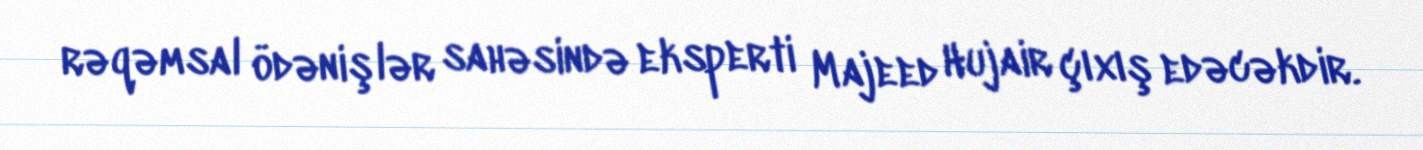
rəqəmsal ödənişlər sahəsində eksperti Majeed Hujair çıxış edəcəkdir.